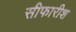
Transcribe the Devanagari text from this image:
सीफारीश